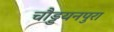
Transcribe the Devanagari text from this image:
चौड्डयनपुरा